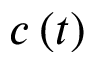
c \left( t \right)